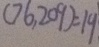
( 7 6 , 2 0 9 ) = 1 9